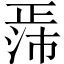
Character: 𬆃